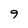
Character: 9